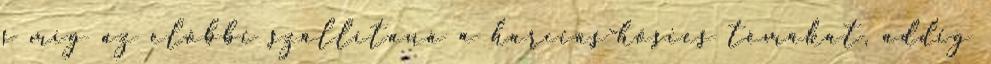
s míg az előbbi szállítaná a harcias-hősies témákat, addig